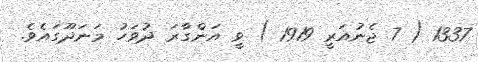
1337 ( 7 ޖެނުއަރީ 1919 ) ވީ އަންގާރަ ދުވަހު މަނަދޫގައެވެ.